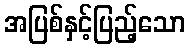
အပြစ်နှင့်ပြည့်သော